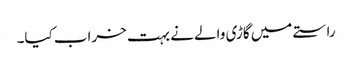
راستے میں گاڑی والے نے بہت خراب کیا۔